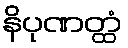
နိပုဏတ္ထံ